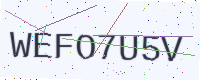
Text: WEFO7U5V